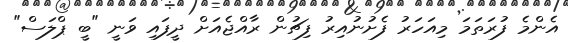
އެންމެ ފުރަތަމަ މިއަހަރު ފެށުނުއިރު ފިޗުން ރާއްޖެއަށް ދީފައި ވަނީ "ބީ ޕްލަސް"